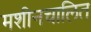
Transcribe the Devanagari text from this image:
मशीनचालित